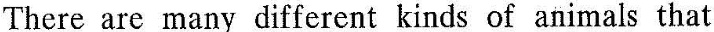
There are many different kinds of animals that